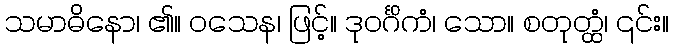
သမာဓိနော၊ ၏။ ဝသေန၊ ဖြင့်။ ဒုဝင်္ဂိကံ၊ သော။ စတုတ္ထံ၊ ၎င်း။